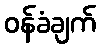
ဝန်ခံချက်